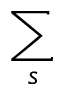
\sum _ { s }